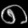
Digit: ၈